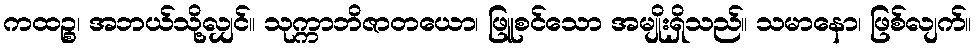
ကထဉ္စ၊ အဘယ်သို့လျှင်။ သုက္ကာဘိဇာတယော၊ ဖြူစင်သော အမျိုးရှိသည်။ သမာနော၊ ဖြစ်လျက်။